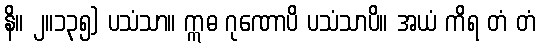
နိ။ ၂။၁၃၅) ပသံသာ။ ဣဓ ဂုဏောပိ ပသံသာပိ။ အယံ ကိရ တံ တံ